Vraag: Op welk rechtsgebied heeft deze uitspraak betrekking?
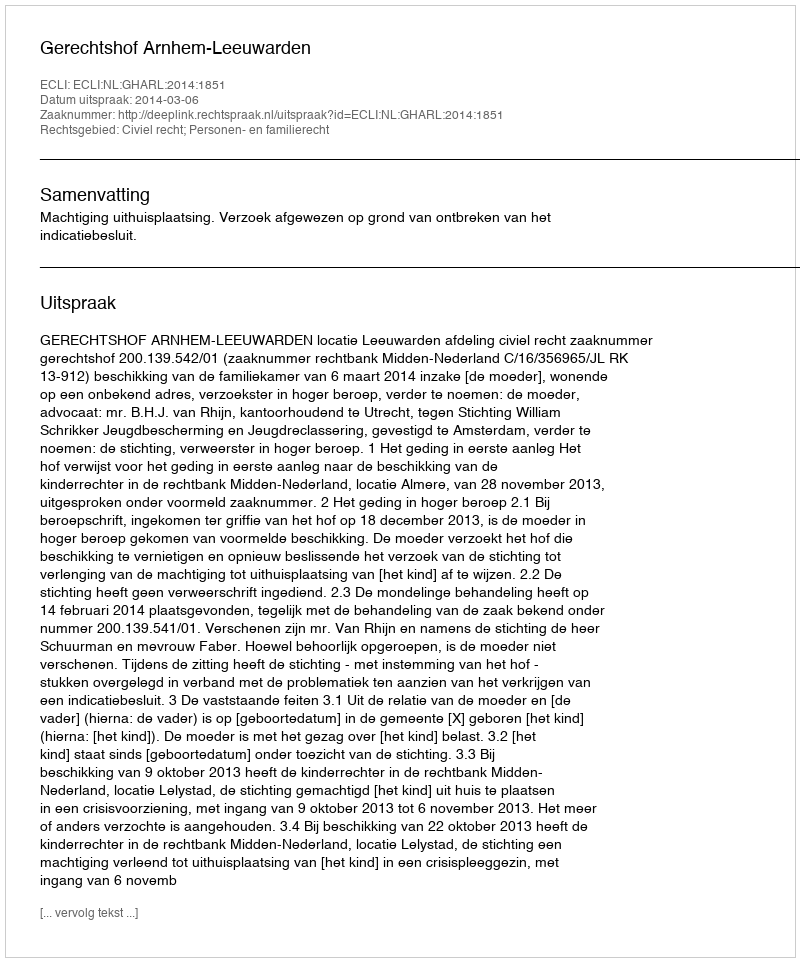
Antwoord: Civiel recht; Personen- en familierecht